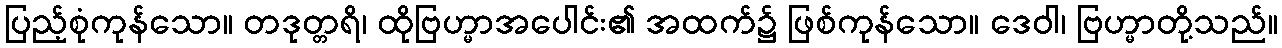
ပြည့်စုံကုန်သော။ တဒုတ္တရိ၊ ထိုဗြဟ္မာအပေါင်း၏ အထက်၌ ဖြစ်ကုန်သော။ ဒေဝါ၊ ဗြဟ္မာတို့သည်။